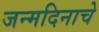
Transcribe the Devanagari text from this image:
जन्‍मदिनाचे